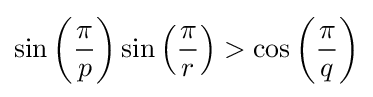
\sin \left({\frac {\pi }{p}}\right)\sin \left({\frac {\pi }{r}}\right)>\cos \left({\frac {\pi }{q}}\right)